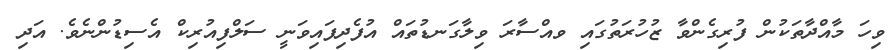
ވިހަ މާއްދާތަކުން ފުރިގެންވާ ޒުހުރަތުގައި ވއްސާރަ ވިލާގަނޑުތައް އުފެދިފައިވަނީ ސަލްފިއުރިކް އެސިޑުންނެވެ. އަދި